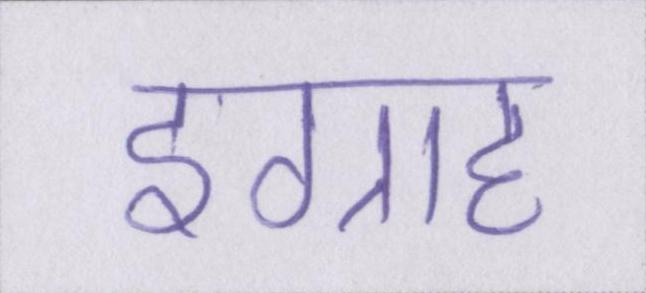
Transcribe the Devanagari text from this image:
इग्राह